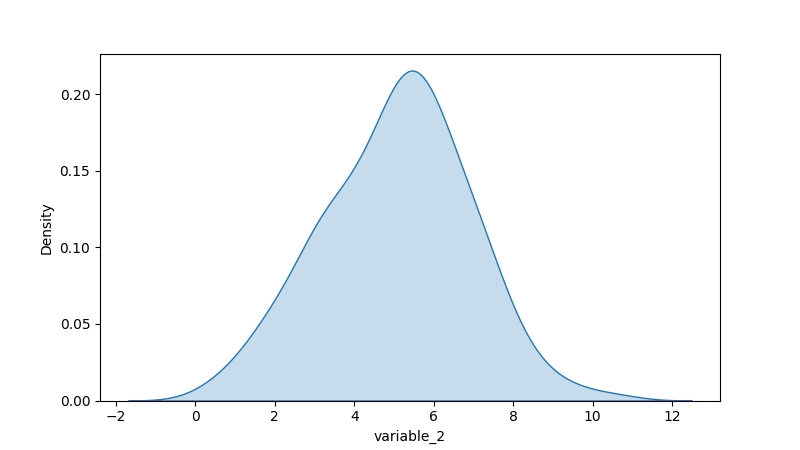
python, seaborn, kdeplot, hue='None', fill=True, bw_adjust=1.0